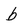
Character: b